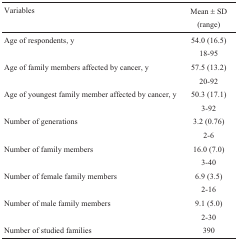
<table><thead><tr><td><b>Variables</b></td><td><b>Mean ± SD (range)</b></td></tr></thead><tbody><tr><td>Age of respondents, y</td><td>54.0 (16.5) 18-95</td></tr><tr><td>Age of family members affected bycancer, y</td><td>57.5 (13.2) 20-92</td></tr><tr><td>Age of youngest family member affectedby cancer, y</td><td>50.3 (17.1) 3-92</td></tr><tr><td>Number of generations</td><td>3.2 (0.76) 2-6</td></tr><tr><td>Number of family members</td><td>16.0 (7.0) 3-40</td></tr><tr><td>Number of female family members</td><td>6.9 (3.5) 2-16</td></tr><tr><td>Number of male family members</td><td>9.1 (5.0) 2-30</td></tr><tr><td>Number of studied families</td><td>390</td></tr></tbody></table>